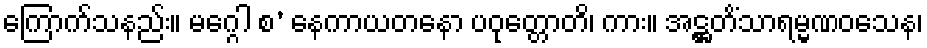
ကြောက်သနည်း။ မဂ္ဂေါ စ’ နေကာယတနော ပဝုတ္တောတိ၊ ကား။ အဋ္ဌတိံသာရမ္မဏဝသေန၊